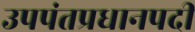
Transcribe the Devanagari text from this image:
उपपंतप्रधानपदी